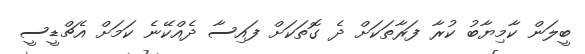
ބީލަން ކާމިޔާބު ކުރާ ފަރާތަކަށް ދެ ގޮތަކަށް ފައިސާ ދެއްކޭނެ ކަމަށް އެޗްޑީސީ